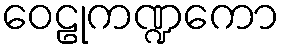
ဝေဠုကဏ္ဍကော